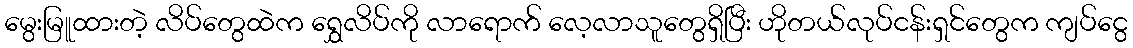
မွေးမြူထားတဲ့ လိပ်တွေထဲက ရွှေလိပ်ကို လာရောက် လေ့လာသူတွေရှိပြီး ဟိုတယ်လုပ်ငန်းရှင်တွေက ကျပ်ငွေ